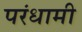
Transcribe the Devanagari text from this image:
परंधामी